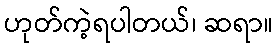
ဟုတ်ကဲ့ရပါတယ်၊ ဆရာ။